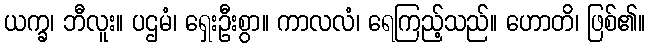
ယက္ခ၊ ဘီလူး။ ပဌမံ၊ ရှေးဦးစွာ။ ကာလလံ၊ ရေကြည့်သည်။ ဟောတိ၊ ဖြစ်၏။